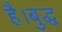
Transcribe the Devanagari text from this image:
है।बुद्ध